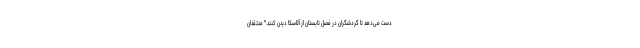
دست می‌دهد تا گردشگران در فصل تابستان از آلاسکا دیدن کنند." منتقدان